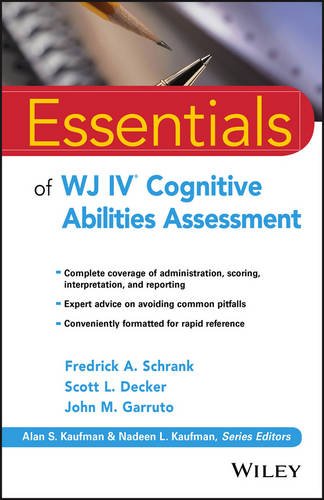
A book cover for Essentials of WJ IV Cognitive Abilities Assessment (Essentials of Psychological Assessment); Fredrick A. Schrank; Medical Books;